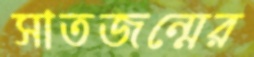
সাতজন্মের